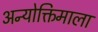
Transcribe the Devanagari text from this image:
अन्योक्तिमाला